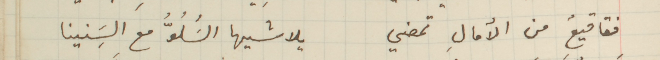
فقاقيعٌ من الأمالِ تمضي يلاشيها السَُلُوُّ معَ السَِنينا